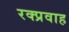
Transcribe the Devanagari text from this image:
रक्प्रवाह